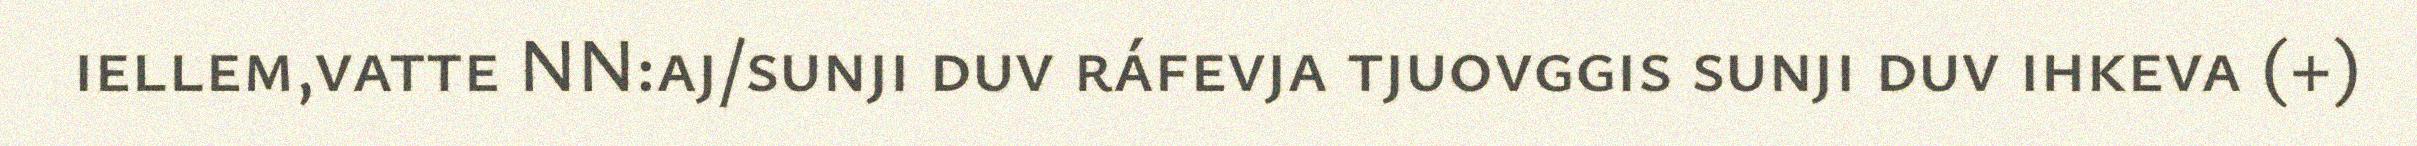
iellem,vatte NN:aj/sunji duv ráfevja tjuovggis sunji duv ihkeva (+)